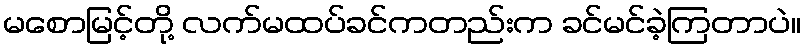
မစောမြင့်တို့ လက်မထပ်ခင်ကတည်းက ခင်မင်ခဲ့ကြတာပဲ။